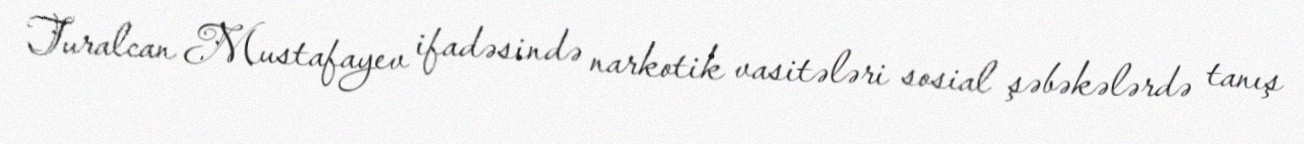
Turalcan Mustafayev ifadəsində narkotik vasitələri sosial şəbəkələrdə tanış